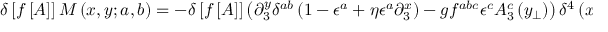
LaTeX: \delta \left[ f \left[ A \right] \right] { \cal M } \left( x , y ; a , b \right) = - \delta \left[ f \left[ A \right] \right] \left( \partial _ { 3 } ^ { y } \delta ^ { a b } \left( 1 - \epsilon ^ { a } + \eta \epsilon ^ { a } \partial _ { 3 } ^ { x } \right) - g f ^ { a b c } \epsilon ^ { c } A _ { 3 } ^ { c } \left( y _ { \perp } \right) \right) \delta ^ { 4 } \left( x - y \right) \ .